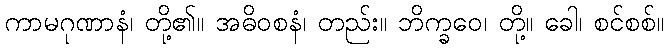
ကာမဂုဏာနံ၊ တို့၏။ အဓိဝစနံ၊ တည်း။ ဘိက္ခဝေ၊ တို့။ ခေါ၊ စင်စစ်။